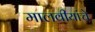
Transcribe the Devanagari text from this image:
मालवीयांचे